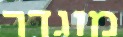
מוגדר